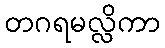
တဂရမလ္လိကာ